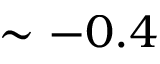
\sim - 0 . 4